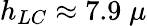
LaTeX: h_{LC}\approx 7.9\; \mu